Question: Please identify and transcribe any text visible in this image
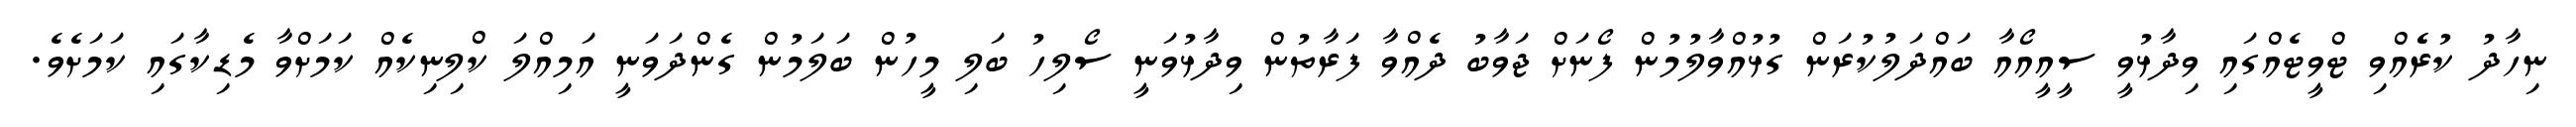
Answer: ނިހާދު ކުރެެއްވި ޓްވީޓެއްގައި ވިދާޅުވީ ސީއީއޯއާ ބައްދަލުކުރަން ގުޅުއްވާލުމުން ފޯނަށް ޖަވާބު ދެއްވާ ފަރާތުން ވިދާޅުވަނީ ސޯލިހު ބަލި މީހުން ބަލަމުން ގެންދަވަނީ އަމިއްލަ ކްލިނިކެއް ކަމަށްވާ މެޑިކާގައި ކަމަށެވެ.